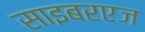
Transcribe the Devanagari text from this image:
साइबरएज